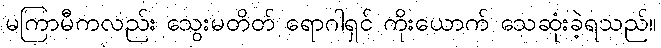
မကြာမီကလည်း သွေးမတိတ် ရောဂါရှင် ကိုးယောက် သေဆုံးခဲ့ရသည်။